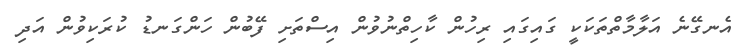
އެނގޭނެ އަލާމާތްތަކަކީ ގައިގައި ރިހުން ކާހިތްނުވުން އިސްތަށި ފޭބުން ހަންގަނޑު ކުރަކިވުން އަދި